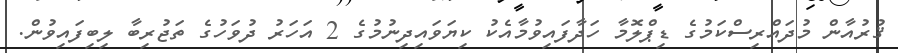
ޤުރުއާން މުދައްރިސްކަމުގެ ޑިޕްލޮމާ ހަދާފައިވުމާއެކު ކިޔަވައިދިނުމުގެ 2 އަހަރު ދުވަހުގެ ތަޖުރިބާ ލިބިފައިވުން.